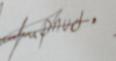
Signature authenticity: forged